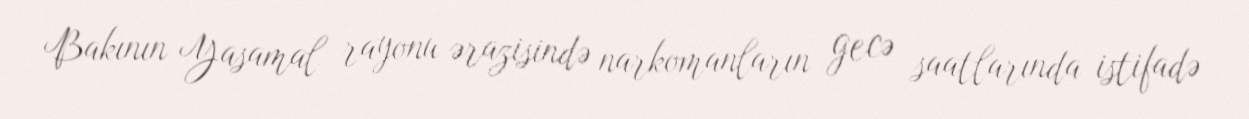
Bakının Yasamal rayonu ərazisində narkomanların gecə saatlarında istifadə